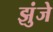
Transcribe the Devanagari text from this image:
झुंजे